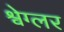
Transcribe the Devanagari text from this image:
श्वेग्लर